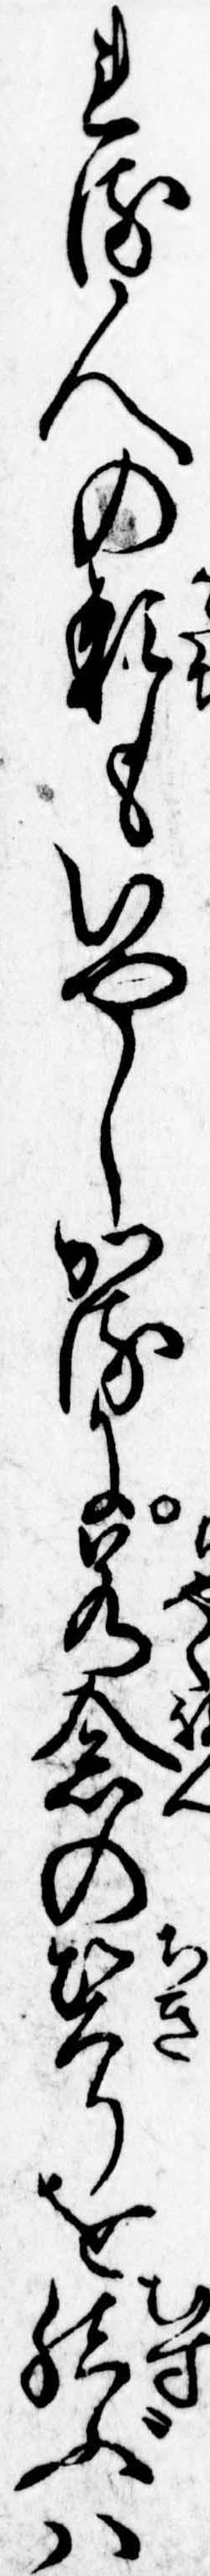
れる人の形もいやしかるに若念の契りを結ぶは